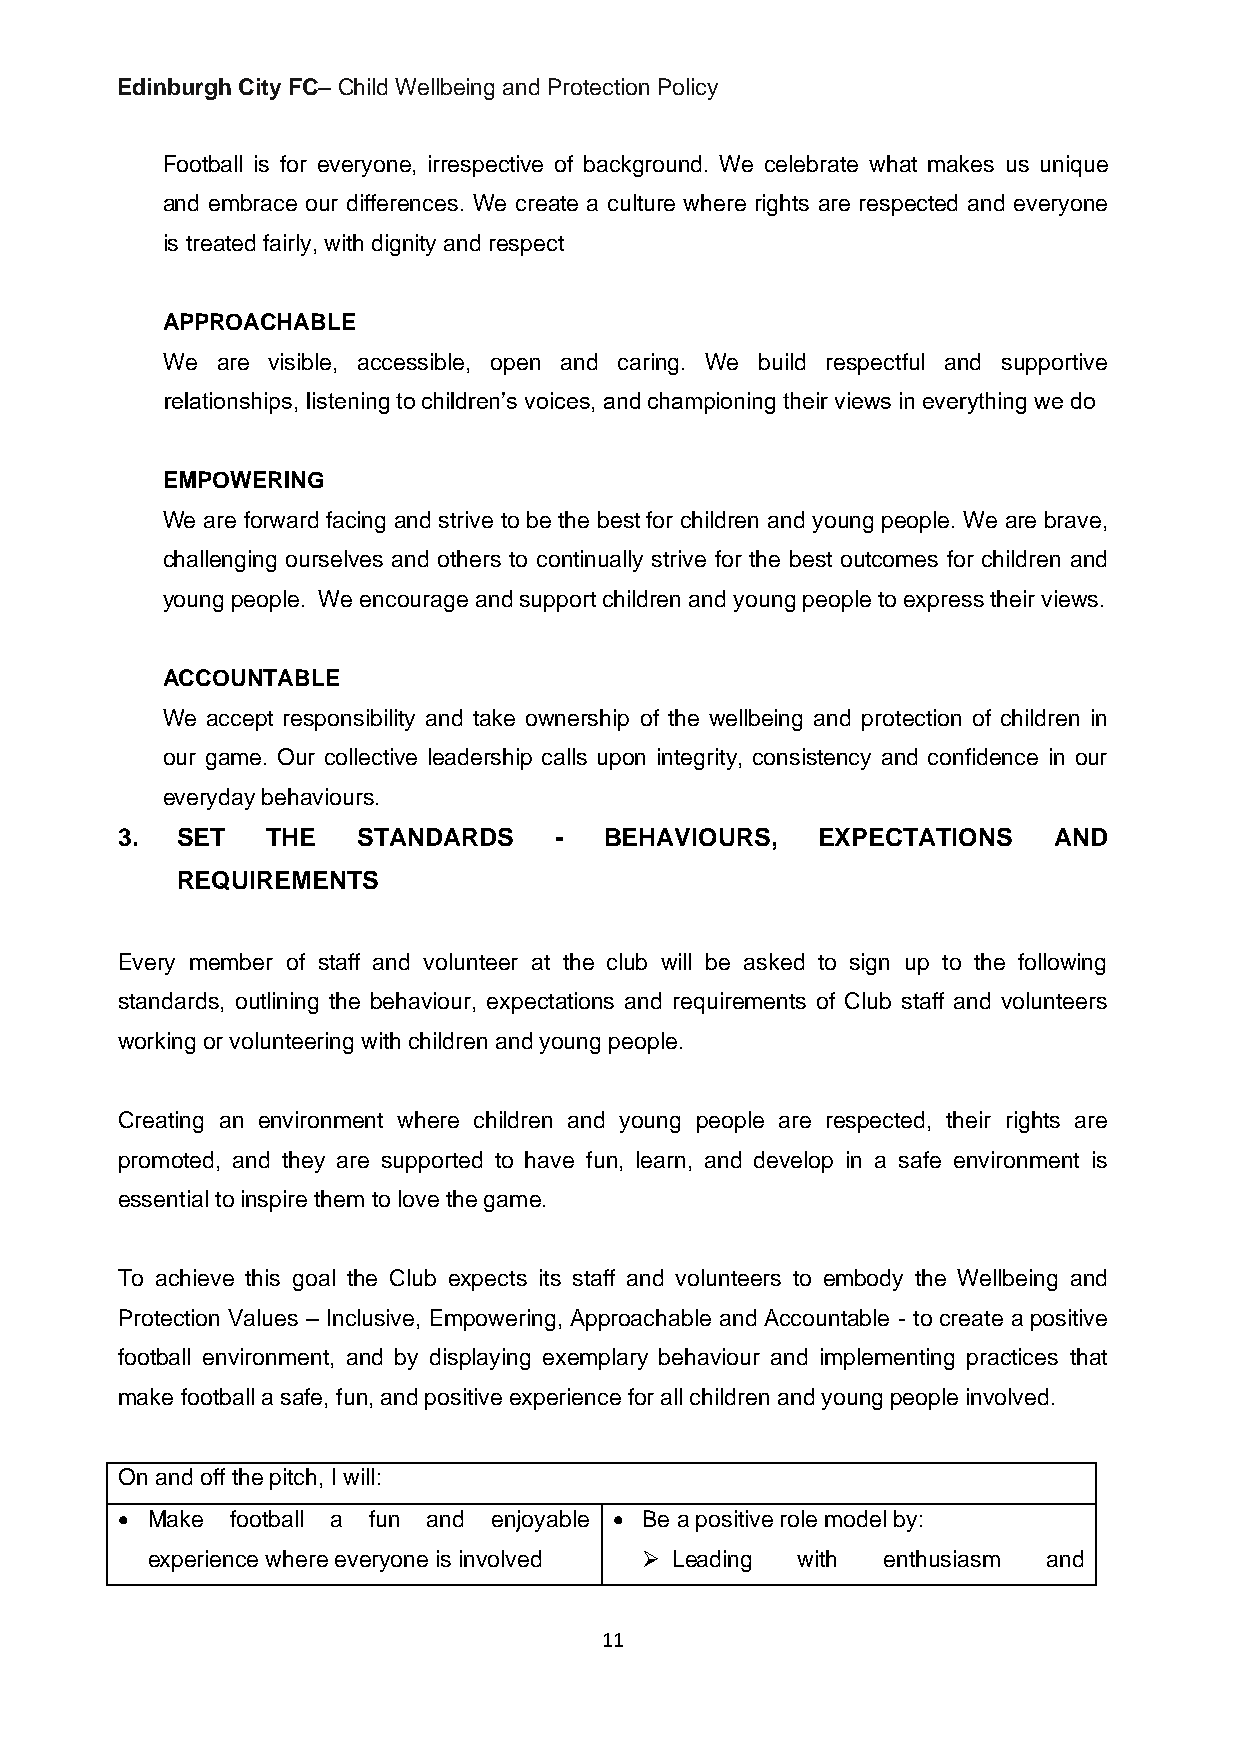
Edinburgh City FC– Child Wellbeing and Protection Policy
 Football is for everyone, irrespective of background. We celebrate what makes us unique
 and embrace our differences. We create a culture where rights are respected and everyone
 is treated fairly, with dignity and respect
 APPROACHABLE
 We are visible, accessible, open and caring. We build respectful and supportive
 relationships, listening to children’s voices, and championing their views in everything we do
 EMPOWERING
 We are forward facing and strive to be the best for children and young people. We are brave,
 challenging ourselves and others to continually strive for the best outcomes for children and
 young people. We encourage and support children and young people to express their views.
 ACCOUNTABLE
 We accept responsibility and take ownership of the wellbeing and protection of children in
 our game. Our collective leadership calls upon integrity, consistency and confidence in our
 everyday behaviours.
 3.  SET   THE   STANDARDS    -  BEHAVIOURS,   EXPECTATIONS    AND
 REQUIREMENTS
 Every member of staff and volunteer at the club will be asked to sign up to the following
 standards, outlining the behaviour, expectations and requirements of Club staff and volunteers
 working or volunteering with children and young people.
 Creating an environment where children and young people are respected, their rights are
 promoted, and they are supported to have fun, learn, and develop in a safe environment is
 essential to inspire them to love the game.
 To achieve this goal the Club expects its staff and volunteers to embody the Wellbeing and
 Protection Values – Inclusive, Empowering, Approachable and Accountable - to create a positive
 football environment, and by displaying exemplary behaviour and implementing practices that
 make football a safe, fun, and positive experience for all children and young people involved.
 On and off the pitch, I will:
 • Make football a fun and enjoyable • Be a positive role model by:
 experience where everyone is involved ➢ Leading with enthusiasm and
 11